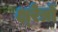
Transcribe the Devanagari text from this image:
क्ष्रेत्रों